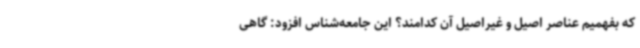
که بفهمیم عناصر اصیل و غیراصیل آن کدامند؟ این جامعه‌شناس افزود: گاهی